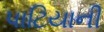
પાટિયાની